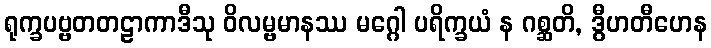
ရုက္ခပဗ္ဗတတဠာကာဒီသု ဝိလမ္ဗမာနဿ မဂ္ဂေါ ပရိက္ခယံ န ဂစ္ဆတိ, ဒွီဟတီဟေန